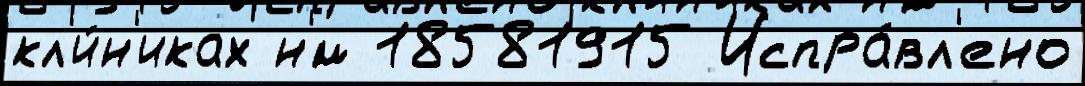
кл'и́н'иках н'́м 18581915 Испра́вл'ено